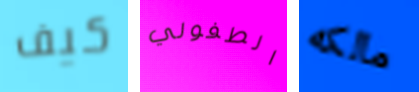
كيف الطفولي مالكه